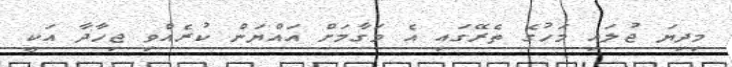
މިދިޔަ ޖުލައި މަހުގެ ތެރޭގައި އެ މަގާމަށް އައްޔަން ކުރެއްވި ޖިހާދާ އަކީ